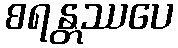
စရန္တဿပေ